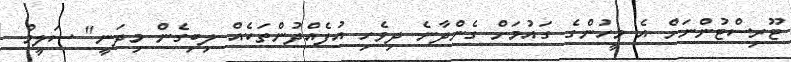
ޓޫރިސްޓުންނަށް އެ މީހުންގެ ގައުމަށް ގެންދާނެ ދިވެހި އުފެއްދުންތަކެއް ލިބިގެން މިދަނީ" ސަލީމް